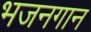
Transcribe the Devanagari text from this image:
भजनगान